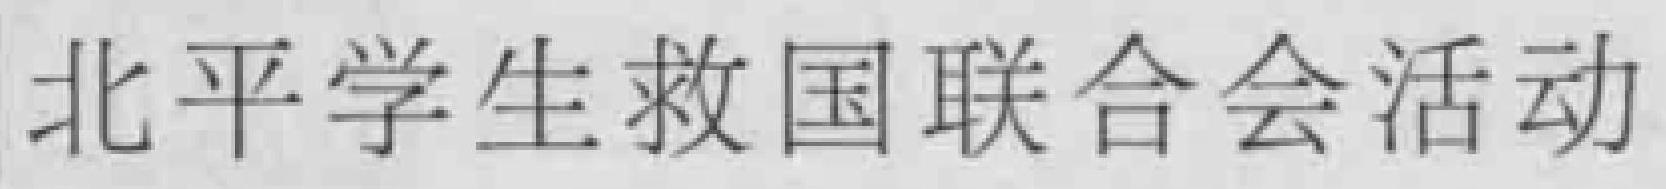
北平学生救国联合会活动